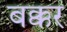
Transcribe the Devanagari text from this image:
बक्कर